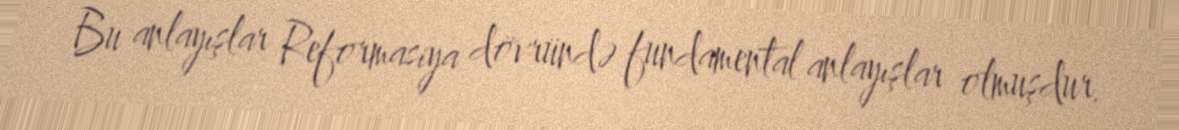
Bu anlayışlar Reformasiya dövründə fundamental anlayışlar olmuşdur.